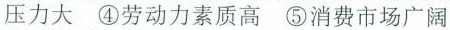
压力大④劳动力素质高⑤消费市场广阔